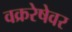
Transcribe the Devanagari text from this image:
वक्ररेषेवर